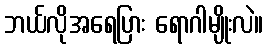
ဘယ်လိုအရေပြား ရောဂါမျိုးလဲ။